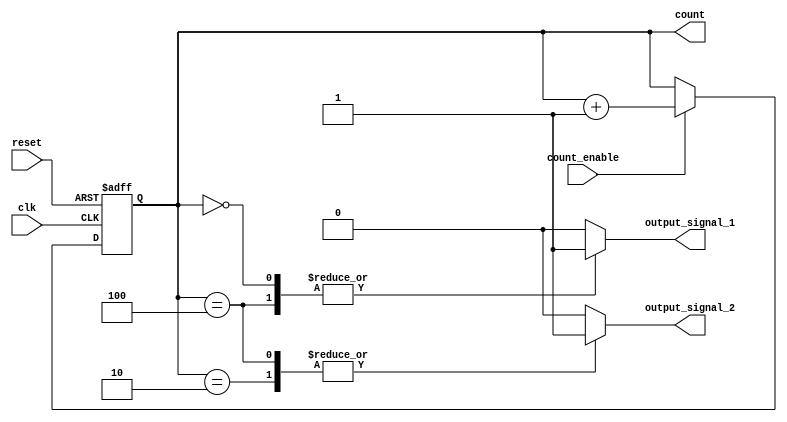
module synchronous_counter (
    input wire clk,               // Clock input
    input wire reset,             // Asynchronous reset input
    input wire count_enable,      // Count enable input
    output reg [3:0] count,       // 4-bit counter register
    output reg output_signal_1,   // Output signal 1 (example)
    output reg output_signal_2    // Output signal 2 (example)
);

// Asynchronous reset and synchronous count logic
always @(posedge clk or posedge reset) begin
    if (reset) begin
        count <= 4'b0000; // Reset the counter to 0
    end else if (count_enable) begin
        count <= count + 1; // Increment the counter
    end
end

// Output control logic based on the current count value
always @(*) begin
    // Default values for output signals
    output_signal_1 = 1'b0;
    output_signal_2 = 1'b0;

    // Example control logic based on count value
    case (count)
        4'b0000: begin
            output_signal_1 = 1'b1; // Activate output_signal_1 for count 0
        end
        4'b0010: begin
            output_signal_2 = 1'b1; // Activate output_signal_2 for count 2
        end
        4'b0100: begin
            output_signal_1 = 1'b1; // Activate output_signal_1 for count 4
            output_signal_2 = 1'b1; // Activate output_signal_2 for count 4
        end
        // Add more cases as necessary for additional count values
        default: begin
            output_signal_1 = 1'b0; // Deactivate output_signal_1
            output_signal_2 = 1'b0; // Deactivate output_signal_2
        end
    endcase
end

endmodule